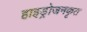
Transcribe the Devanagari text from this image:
हाइड्रोजनकृत